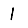
Digit: 1